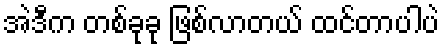
အဲဒီက တစ်ခုခု ဖြစ်လာတယ် ထင်တာပါပဲ